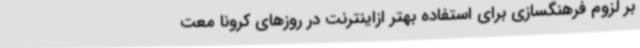
بر لزوم فرهنگسازی برای استفاده بهتر ازاینترنت در روزهای کرونا معت